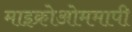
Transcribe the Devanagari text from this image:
माइक्रोओममापी